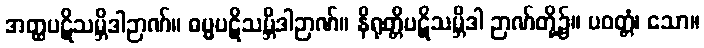
အတ္ထပဋိသမ္ဘိဒါဉာဏ်။ ဓမ္မပဋိသမ္ဘိဒါဉာဏ်။ နိရုတ္တိပဋိသမ္ဘိဒါ ဉာဏ်တို့၌။ ပဝတ္တံ၊ သော။